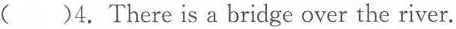
()4.There is a bridge over the river.